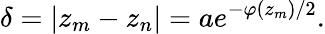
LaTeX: \delta=|z_{m}-z_{n}|=ae^{-\varphi(z_{m})/2}.